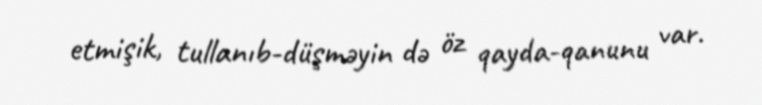
etmişik, tullanıb-düşməyin də öz qayda-qanunu var.